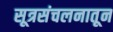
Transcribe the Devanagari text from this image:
सूत्रसंचलनातून